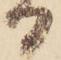
る